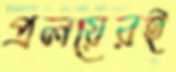
প্রলয়েরই